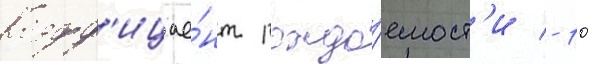
Коэфф'ицие́нт рожда́емост'и - 10